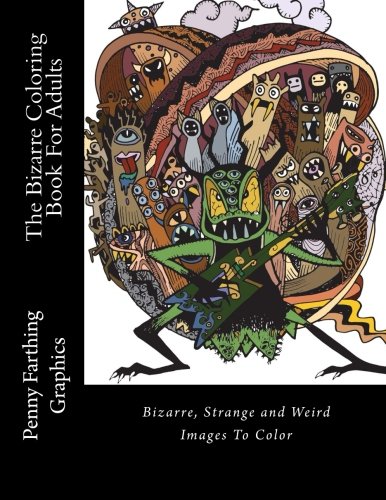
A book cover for The Bizarre Coloring Book For Adults: Bizarre, Strange and Weird Images To Color; Adult Coloring Books; Arts & Photography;